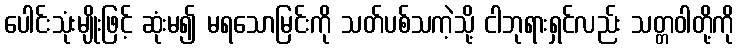
ပေါင်းသုံးမျိုးဖြင့် ဆုံးမ၍ မရသောမြင်းကို သတ်ပစ်သကဲ့သို့ ငါဘုရားရှင်လည်း သတ္တဝါတို့ကို